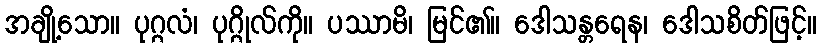
အချို့သော။ ပုဂ္ဂလံ၊ ပုဂ္ဂိုလ်ကို။ ပဿာမိ၊ မြင်၏။ ဒေါသန္တရေန၊ ဒေါသစိတ်ဖြင့်။